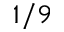
1 / 9